Board of Education Examinations in Art and in Science and Technology, and Examinations of the City and Guilds of London Institute, 1917, 1917
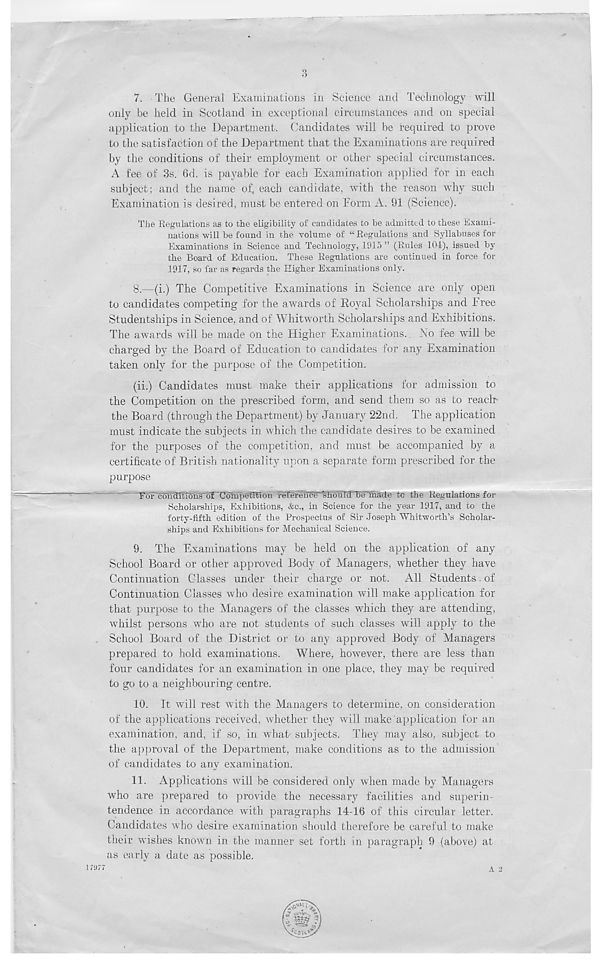
7. The General Examinations in Science and Technology will
only be held in Scotland in exceptional circumstances and on special
application to the Department. Candidates will be required to prove
to the satisfaction of the Department that the Examinations are required
by the conditions of their employment or other special circumstances.
A fee of 3s. 6d. is payable for each Examination applied for in each
subject; and the name of, each candidate, with the reason why such
Examination is desired, must be entered on Form A. 91 (Science).
The Regulations as to the eligibility of candidates to be admitted to these HiXanii-
nations will be found in the volume of “ Regulations and Syllabuses for
Examinations in Science and Technology, 1915 ” (Rules 104), issued by
the Board of Education. These Regulations are continued in force for
1917, so far as regards the Higher Examinations only.
8.
—(i.) The Competitive Examina
to candidates competing for the awards of Rojml Scholarships and Free
Studentships in Science, and of Whitworth Scholarships and Exhibitions.
The awards will be made on the Higher Examinations. No fee will be
charged by the Board of Education to candidates for any Examination
taken only for the purpose of the Competition.
(ii.) Candidates must make their applications for admission to
the Competition on the prescribed form, and send them so as to reach
the Board (through the Department) by January 22nd. The application
must indicate the subjects in which the candidate desires to be examined
for the purposes of the competition, and must be accompanied by a
certificate of British nationality upon a separate form prescribed for the
purpose
For conditions of UompttTTi §n reference Should Tie"mMe to the Regulations for
Scholarships, Exhibitions, &c., in Science for the year 1917, and to the
forty-fifth edition of the Prospectus of Sir Joseph Whitworth’s Scholar-
ships and Exhibitions for Mechanical Science.
9. The Examinations may be held on the application of any
School Board or other approved Body of Managers, whether they have
Continuation Classes under their charge or not. All Students. of
Continuation Classes who desire examination will make application for
that purpose to the Managers of the classes which they are attending,
whilst persons who are not students of such classes will apply to the
School Board of the District or to any approved Body of Managers
prepared to hold examinations. Where, however, there are less than
four candidates for an examination in one place, they may be required
to go to a neighbouring centre.
10. It will rest with the Managers to determine, on consideration
of the applications received, whether they will make application for an
examination, and, if so, in what' subjects. They may also, subject to
the approval of the Department, make conditions as to the admission
of candidates to any examination.
11. Applications will be considered only when made by Managers
who are prepared to provide the necessary facilities and superin-
tendence in accordance with paragraphs 14-16 of this circular letter.
Candidates who desire examination should therefore be careful to make
their wishes known in the manner set forth in paragraph 9 (above) at
as early a date as possible.
A 2
7